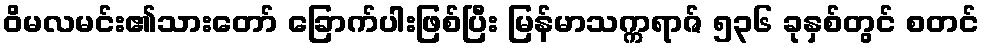
ဝိမလမင်း၏သားတော် ခြောက်ပါးဖြစ်ပြီး မြန်မာသက္ကရာဇ် ၅၃၆ ခုနှစ်တွင် စတင်